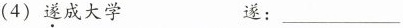
(4)遂成大学 遂：___